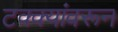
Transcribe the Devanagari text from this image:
टक्‍क्‍यांवरून